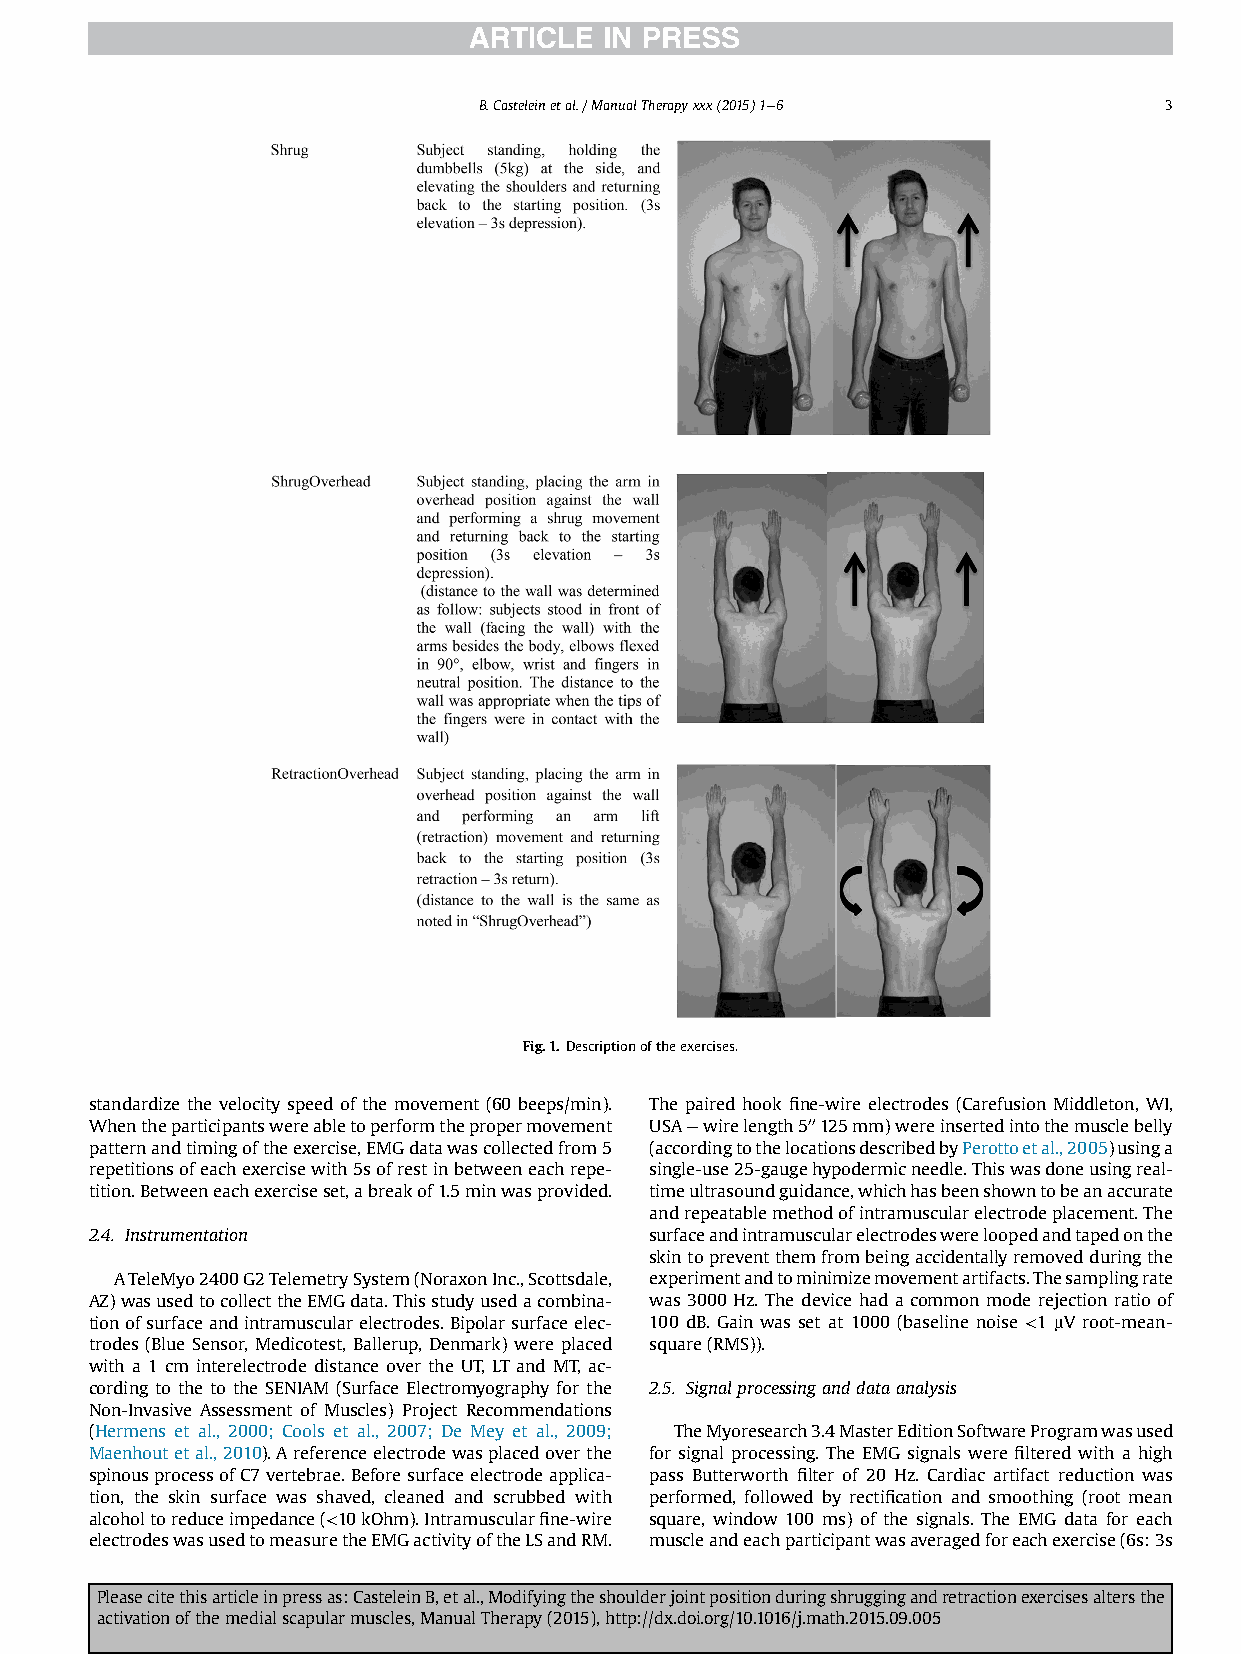
B.Casteleinetal./ManualTherapyxxx(2015)1e6   3
 Fig.1. Descriptionoftheexercises.
 standardize the velocity speed of the movement (60 beeps/min). The paired hook fine-wire electrodes (Carefusion Middleton, WI,
 Whentheparticipantswereabletoperformthepropermovement USAewirelength500125mm)wereinsertedintothemusclebelly
 patternandtimingoftheexercise,EMGdatawascollectedfrom5 (accordingtothelocationsdescribedbyPerottoetal.,2005)usinga
 repetitionsofeachexercisewith5sofrestinbetweeneachrepe- single-use25-gaugehypodermicneedle.Thiswasdoneusingreal-
 tition.Betweeneachexerciseset,abreakof1.5minwasprovided. timeultrasoundguidance,whichhasbeenshowntobeanaccurate
 andrepeatablemethodofintramuscularelectrodeplacement.The
 2.4. Instrumentation                 surfaceandintramuscularelectrodeswereloopedandtapedonthe
 skintopreventthemfrombeingaccidentallyremovedduringthe
 ATeleMyo2400G2TelemetrySystem(NoraxonInc.,Scottsdale, experimentandtominimizemovementartifacts.Thesamplingrate
 AZ)wasusedtocollecttheEMGdata.Thisstudyusedacombina- was 3000 Hz. The device had a common mode rejection ratio of
 tionofsurfaceandintramuscularelectrodes.Bipolarsurfaceelec- 100 dB. Gain was set at 1000 (baseline noise <1 mV root-mean-
 trodes (Blue Sensor, Medicotest, Ballerup, Denmark) were placed square(RMS)).
 with a 1 cm interelectrode distance over the UT, LTand MT, ac-
 cording to the to the SENIAM (Surface Electromyography for the 2.5. Signalprocessinganddataanalysis
 Non-Invasive Assessment of Muscles) Project Recommendations
 (Hermens et al., 2000; Cools et al., 2007; De Mey et al., 2009; TheMyoresearch3.4MasterEditionSoftwareProgramwasused
 Maenhoutetal.,2010).Areferenceelectrodewasplacedoverthe for signal processing. The EMG signals were filtered with a high
 spinousprocessofC7vertebrae.Beforesurfaceelectrodeapplica- pass Butterworth filter of 20 Hz. Cardiac artifact reduction was
 tion, the skin surface was shaved, cleaned and scrubbed with performed, followed by rectification and smoothing (root mean
 alcoholtoreduceimpedance(<10kOhm).Intramuscularfine-wire square, window 100 ms) of the signals. The EMG data for each
 electrodeswasusedtomeasuretheEMGactivityoftheLSandRM. muscleandeachparticipantwasaveragedforeachexercise(6s:3s
 Pleasecitethisarticleinpressas:CasteleinB,etal.,Modifyingtheshoulderjointpositionduringshruggingandretractionexercisesaltersthe
 activationofthemedialscapularmuscles,ManualTherapy(2015),http://dx.doi.org/10.1016/j.math.2015.09.005